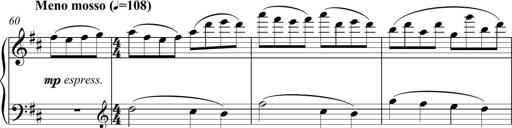
Title: Sonatina del HuÃ©car
Composer: JosÃ© Miguel Moreno Sabio